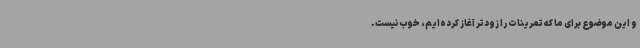
و این موضوع برای ما که تمرینات‌ را زودتر آغاز کرده‌ایم، خوب نیست.